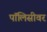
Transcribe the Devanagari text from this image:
पॉलिसीवर